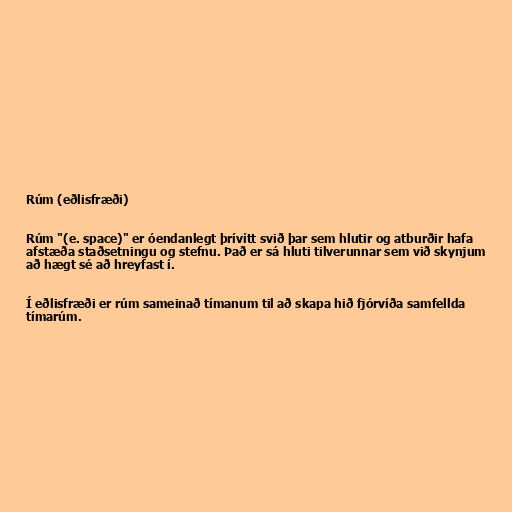
Rúm (eðlisfræði)

Rúm "(e. space)" er óendanlegt þrívítt svið þar sem hlutir og atburðir hafa
afstæða staðsetningu og stefnu. Það er sá hluti tilverunnar sem við skynjum
að hægt sé að hreyfast í.

Í eðlisfræði er rúm sameinað tímanum til að skapa hið fjórvíða samfellda
tímarúm.